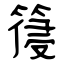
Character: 䈜